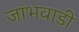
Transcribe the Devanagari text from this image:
जांभवाडी